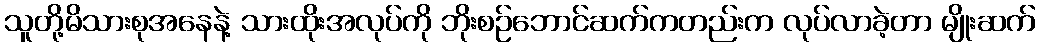
သူတို့မိသားစုအနေနဲ့ သားထိုးအလုပ်ကို ဘိုးစဉ်ဘောင်ဆက်ကတည်းက လုပ်လာခဲ့တာ မျိုးဆက်